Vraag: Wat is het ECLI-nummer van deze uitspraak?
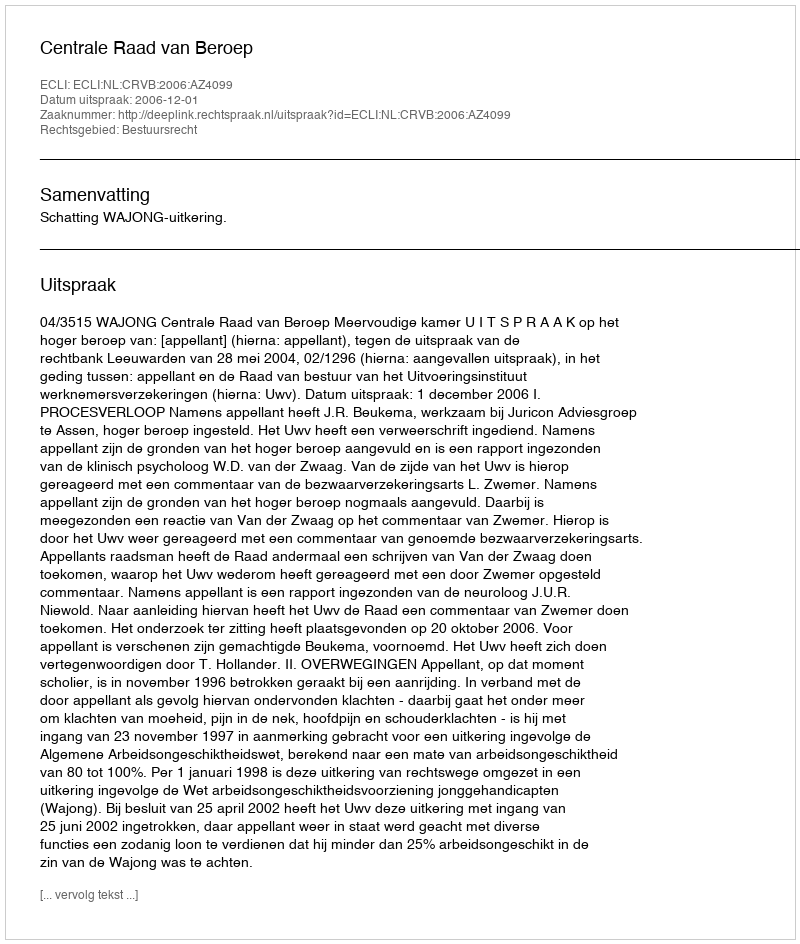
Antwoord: ECLI:NL:CRVB:2006:AZ4099